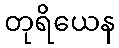
တုရိယေန